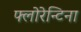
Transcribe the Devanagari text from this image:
फ्लोरेन्टिना